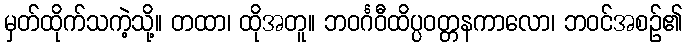
မှတ်ထိုက်သကဲ့သို့။ တထာ၊ ထိုအတူ။ ဘဝင်္ဂဝီထိပ္ပဝတ္တနကာလော၊ ဘဝင်အစဉ်၏